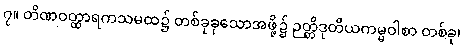
၇။ တိဏဝတ္ထာရကသမထ၌ တစ်ခုခုသောအဖို့၌ ဉတ္တိဒုတိယကမ္မဝါစာ တစ်ခု၊